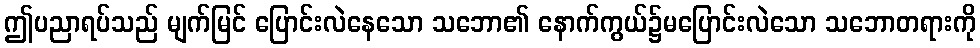
ဤပညာရပ်သည် မျက်မြင် ပြောင်းလဲနေသော သဘော၏ နောက်ကွယ်၌မပြောင်းလဲသော သဘောတရားကို